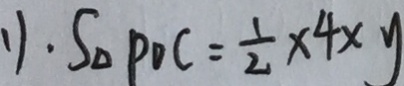
1 ) . S _ { \Delta } P O C = \frac { 1 } { 2 } \times 4 \times y